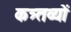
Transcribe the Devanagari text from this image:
कत्र्तव्यों